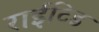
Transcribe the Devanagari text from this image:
राईटिड